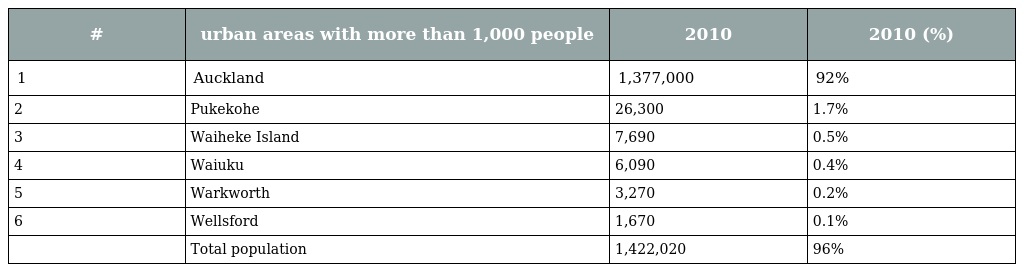
| # | urban areas with more than 1,000 people | 2010 | 2010 (%) |
 | --- | --- | --- | --- |
 | 1 | Auckland | 1,377,000 | 92% |
 | 2 | Pukekohe | 26,300 | 1.7% |
 | 3 | Waiheke Island | 7,690 | 0.5% |
 | 4 | Waiuku | 6,090 | 0.4% |
 | 5 | Warkworth | 3,270 | 0.2% |
 | 6 | Wellsford | 1,670 | 0.1% |
 |  | Total population | 1,422,020 | 96% |